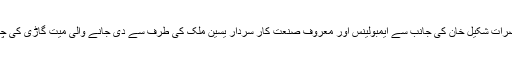
06 جون2018ء) گورنرسندھ محمد زبیر نے گورنرہائوس میں مخیر حضرات شکیل خان کی جانب سے ایمبولینس اور معروف صنعت کار سردار یٰسین ملک کی طرف سے دی جانے والی میت گاڑی کی چابیاں المصطفیٰ سوسائٹی کے چیئر مین حاجی حنیف طیب کے حوالے کیں۔